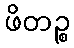
ဖိတဉ္စ